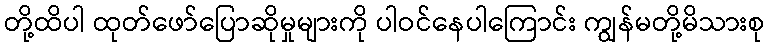
တို့ထိပါ ထုတ်ဖော်ပြောဆိုမှုများကို ပါဝင်နေပါကြောင်း ကျွန်မတို့မိသားစု